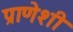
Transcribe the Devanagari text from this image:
प्राणेशी